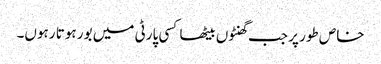
خاص طور پر جب گھنٹوں بیٹھا کسی پارٹی میں بور ہوتا رہوں۔